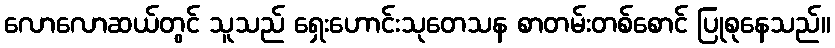
လောလောဆယ်တွင် သူသည် ရှေးဟောင်းသုတေသန စာတမ်းတစ်စောင် ပြုစုနေသည်။